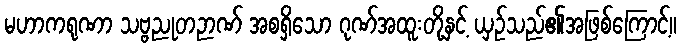
မဟာကရုဏာ သဗ္ဗညုတဉာဏ် အစရှိသော ဂုဏ်အထူးတို့နှင့် ယှဉ်သည်၏အဖြစ်ကြောင့်။